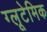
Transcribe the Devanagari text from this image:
ग्लूटेमिक